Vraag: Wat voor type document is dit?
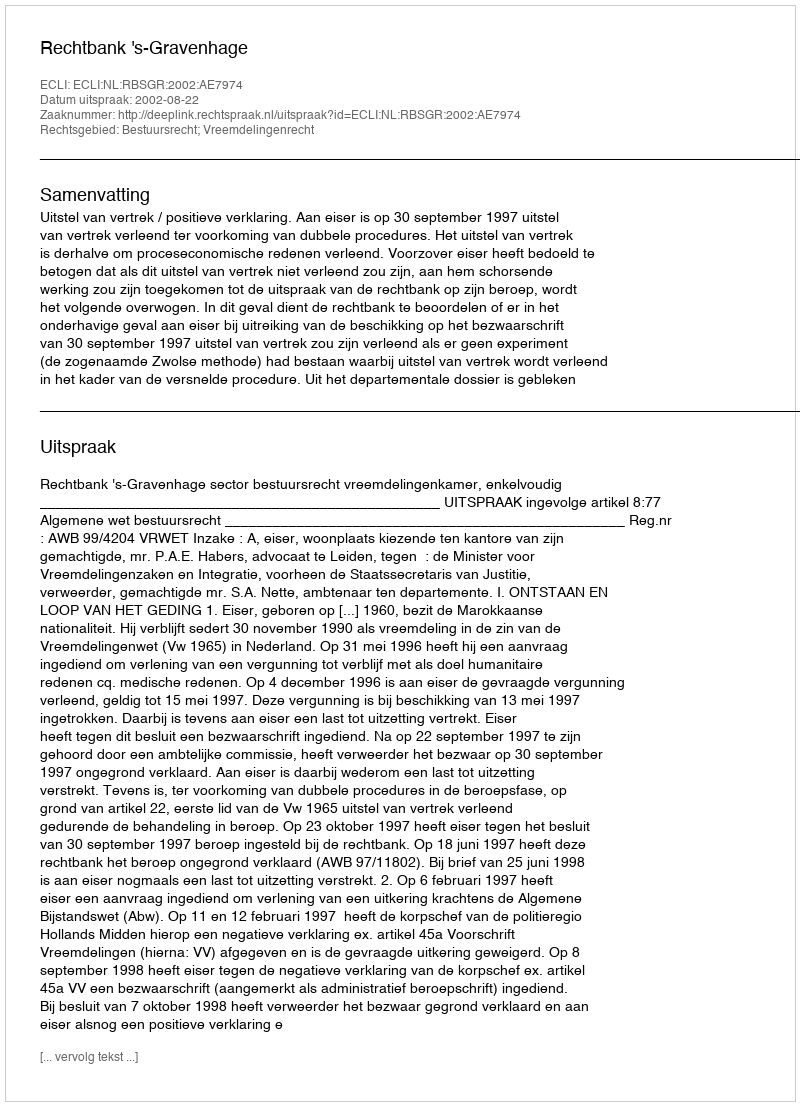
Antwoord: Uitspraak